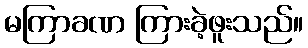
မကြာခဏ ကြားခဲ့ဖူးသည်။